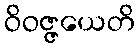
ဝိဝဇ္ဇယေတိ